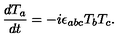
\frac { d T _ { a } } { d t } = - i \epsilon _ { a b c } T _ { b } T _ { c } .